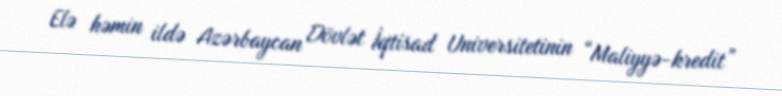
Elə həmin ildə Azərbaycan Dövlət İqtisad Universitetinin “Maliyyə-kredit”